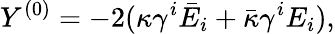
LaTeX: Y^{(0)}=-2(\kappa\gamma^{i}\bar{E}_{i}+\bar{\kappa}\gamma^{i}E_{i}),